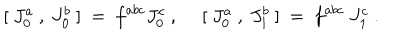
{ } ~ ~ [ ~ J _ { 0 } ^ { a } ~ , ~ J _ { 0 } ^ { b } ~ ] ~ = ~ f ^ { a b c } J _ { 0 } ^ { c } ~ , ~ ~ [ ~ J _ { 0 } ^ { a } ~ , ~ J _ { 1 } ^ { b } ~ ] ~ = ~ f ^ { a b c } { } ~ J _ { 1 } ^ { c } ~ . ~